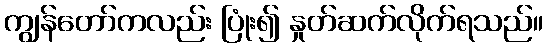
ကျွန်တော်ကလည်း ပြုံး၍ နှုတ်ဆက်လိုက်ရသည်။